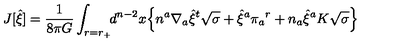
J [ { \hat { \xi } } ] = { \frac { 1 } { 8 \pi G } } \int _ { r = r _ { + } } \! \! d ^ { n - 2 } x \Bigl \{ n ^ { a } \nabla _ { a } { \hat { \xi } } ^ { t } \sqrt { \sigma } + { \hat { \xi } } ^ { a } \pi _ { a } { } ^ { r } + n _ { a } { \hat { \xi } } ^ { a } K \sqrt { \sigma } \Bigr \}